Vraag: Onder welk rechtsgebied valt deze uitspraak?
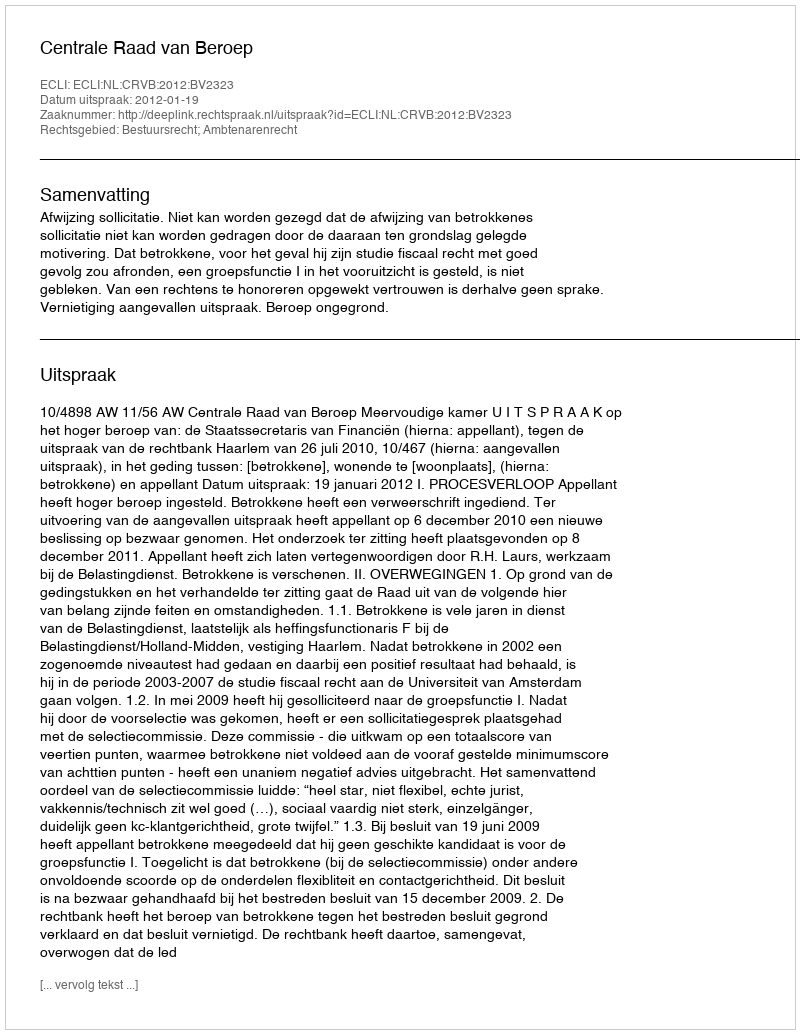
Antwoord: Bestuursrecht; Ambtenarenrecht